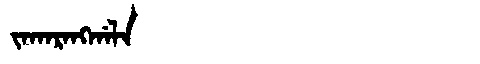
Manchu: ᠵᠠᡴᠠᡵᠠᠩᡤᠠᠯᠠ
Romanization: JAKARANGGALA